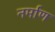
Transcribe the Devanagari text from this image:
नर्माण